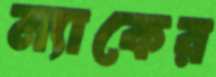
ম্যাকের